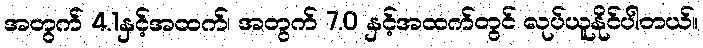
အတွက် 4.1နှင့်အထက်၊ အတွက် 7.0 နှင့်အထက်တွင် လုပ်ယူနိုင်ပါတယ်။